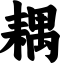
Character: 耦